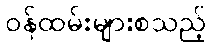
ဝန်ထမ်းများစသည့်